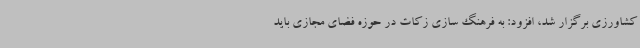
کشاورزی برگزار شد، افزود: به فرهنگ سازی زکات در حوزه فضای مجازی باید